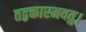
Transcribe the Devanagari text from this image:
तद्वक्तारमवतु।